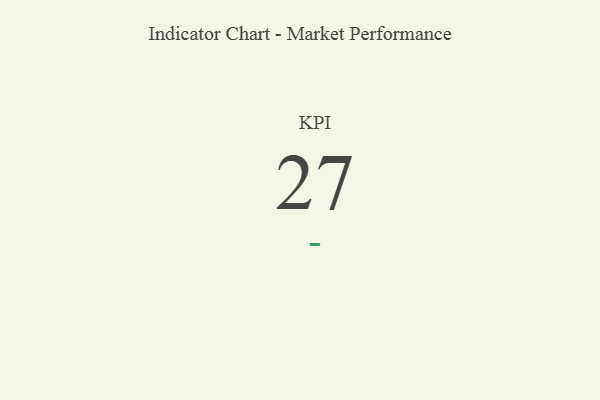
{"axis": {"x": "KPI", "y": "Value"}, "legend": [""], "data": [{"x": "KPI", "y": 27, "type": ""}]}